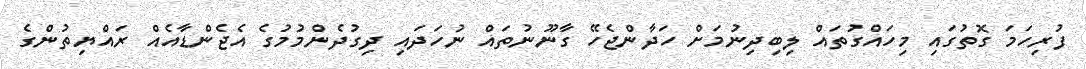
ފުރިހަމަ ގޮތުގައި މިހައްގުތައް ލިބިދިނުމަށް ހަދާންޖެހޭ ގާނޫނުތައް ނުހަދައި ދިގުދެންމުމުގެ އެޖެންޑާއެއް ރައްޔިތުންގެ